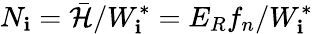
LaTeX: {N_{\mathbf{i}}}={\mathcal{{\bar{{H}}}}}/{W_{\mathbf{i}}^{*}}={E_{R}{f_{n}}}/{W_{\mathbf{i}}^{*}}